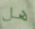
هل